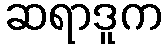
ဆရာဒူက